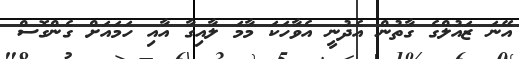
އޭނަ ޒައުލްގެ ގާތުން އެދުނީ އެވާހަކަ މާމަ ލާއިގާ އާއި ހަމައަށް ގެންގޮސް